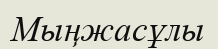
Мыңжасұлы